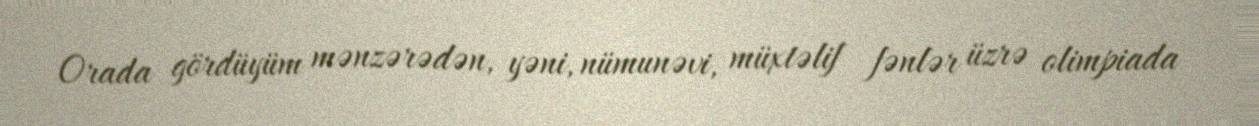
Orada gördüyüm mənzərədən, yəni, nümunəvi, müxtəlif fənlər üzrə olimpiada